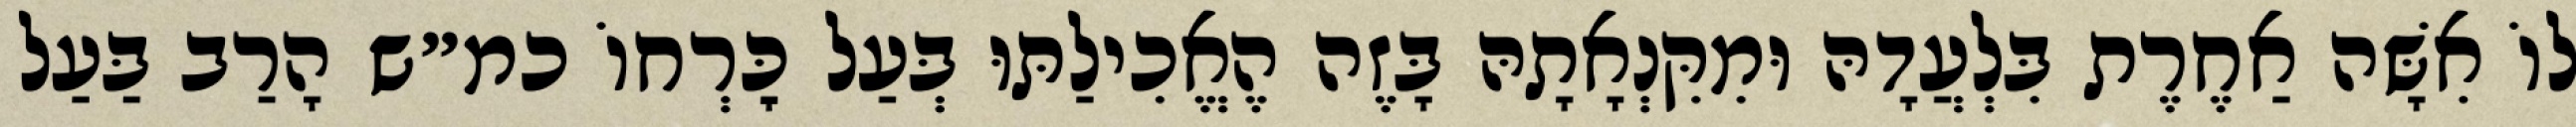
לוֹ אִשָּׁה אַחֶרֶת בִּלְעֲדָהּ וּמִקִּנְאָתָהּ בָּזֶה הֶאֱכִילַתּוּ בְּעַל כׇּרְחוֹ כמ״ש הָרַב בַּעַל